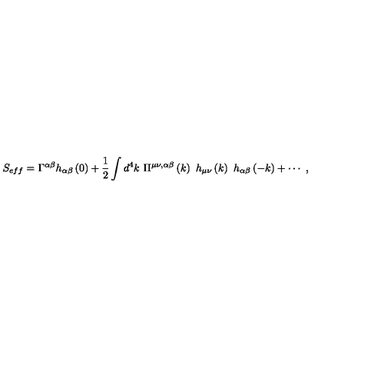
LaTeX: S _ { e f f } = \Gamma ^ { \alpha \beta } h _ { \alpha \beta } \left( 0 \right) + \frac 1 2 \int d ^ { 4 } k \ \Pi ^ { \mu \nu , \alpha \beta } \left( k \right) \ h _ { \mu \nu } \left( k \right) \ h _ { \alpha \beta } \left( - k \right) + \cdots \ ,